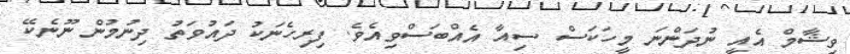
ވިޝާމް އެއީ ނުދަންނަ މީހަކަސް ސިއާ އެއްބަސްވިއެވެ. ފިރިހެނަކު ދައުވަތު ދިނުމުން ނޫނެކޭ